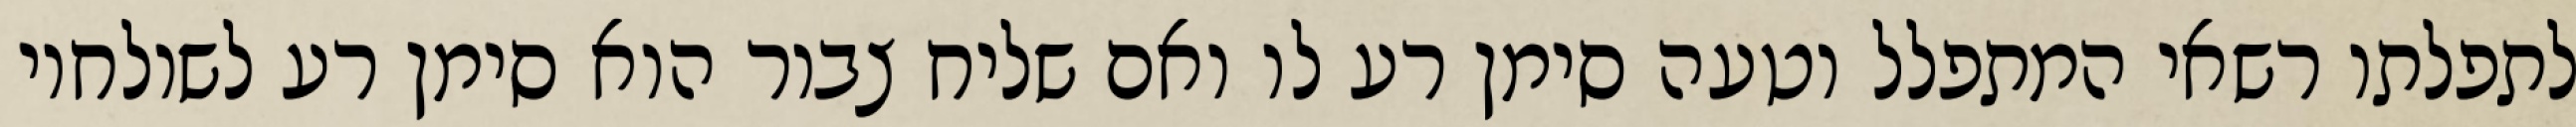
לתפלתו רשאי המתפלל וטעה סימן רע לו ואם שליח צבור הוא סימן רע לשולחיו